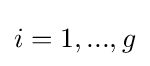
{\textstyle i=1,...,g}